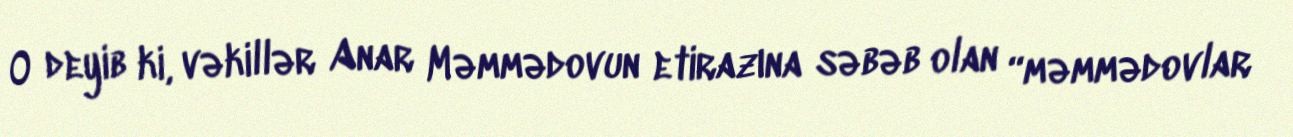
O deyib ki, vəkillər Anar Məmmədovun etirazına səbəb olan “məmmədovlar